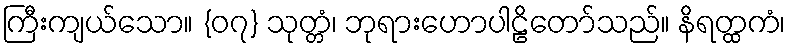
ကြီးကျယ်သော။ {၀၇} သုတ္တံ၊ ဘုရားဟောပါဠိတော်သည်။ နိရတ္ထကံ၊